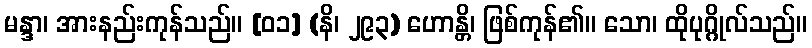
မန္ဒာ၊ အားနည်းကုန်သည်။ [၀၁] (နိ၊ ၂၉၃) ဟောန္တိ၊ ဖြစ်ကုန်၏။ သော၊ ထိုပုဂ္ဂိုလ်သည်။